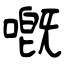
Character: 嘅